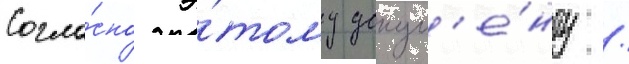
Согла́сно э́тому докум'е́нту /